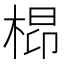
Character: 㭿